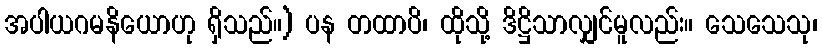
အပါယဂမနိယောဟု ရှိသည်။) ပန တထာပိ၊ ထိုသို့ ဒိဋ္ဌိသာလျှင်မူလည်း။ သေသေသု၊